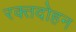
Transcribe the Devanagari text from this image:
रक्तदोहन